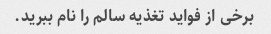
برخی از فواید تغذیه سالم را نام ببرید.